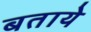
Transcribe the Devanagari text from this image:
बतायेे